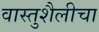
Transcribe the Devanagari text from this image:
वास्तुशैलीचा